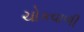
ચોકવાળી